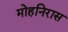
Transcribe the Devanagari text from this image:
मोहनिरास